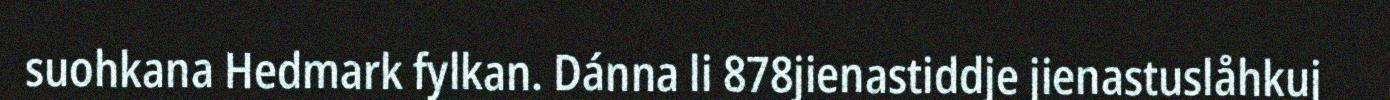
suohkana Hedmark fylkan. Dánna li 878jienastiddje jienastuslåhkuj